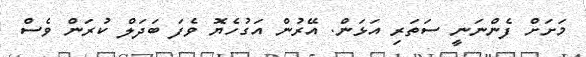
މަށަށް ފެންނަނީ ސަތަރި އަޅަން. އޭރުން އަގުހެޔޮ ވެފަ ބަދަލް ކުރަން ވެސް